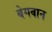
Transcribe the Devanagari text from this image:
बेगवान